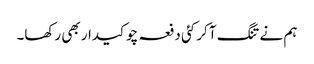
ہم نے تنگ آ کر کئی دفعہ چوکیدار بھی رکھا۔